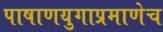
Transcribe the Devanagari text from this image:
पाषाणयुगाप्रमाणेच